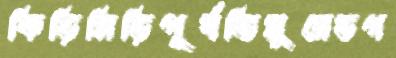
কিড়িমিড়িপূর্বতিমুরেডগ